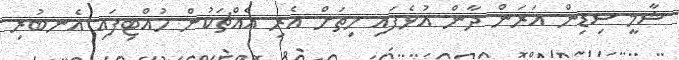
ޝާމީ ސިޑިން އަރަން ދާން އުޅެފައި ހިތަށް އެރި އެއްޗަކުން ހުއްޓިފައި އެނބުރި